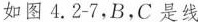
如图4.2-7，B，C是线